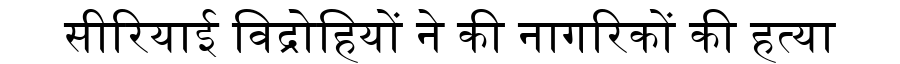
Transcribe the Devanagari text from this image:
सीरियाई विद्रोहियों ने की नागरिकों की हत्या